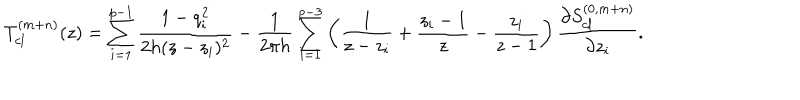
LaTeX: T _ { c l } ^ { ( m + n ) } ( z ) = \sum _ { i = 1 } ^ { p - 1 } { \frac { 1 - q _ { i } ^ { 2 } } { 2 h ( z - z _ { i } ) ^ { 2 } } } - { \frac { 1 } { 2 \pi h } } \sum _ { i = 1 } ^ { p - 3 } \left( { \frac { 1 } { z - z _ { i } } } + { \frac { z _ { i } - 1 } { z } } - { \frac { z _ { i } } { z - 1 } } \right) { \frac { \partial S _ { c l } ^ { ( 0 , m + n ) } } { \partial z _ { i } } } .